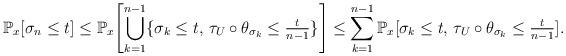
LaTeX: \begin{align*}\mathbb{P}_{x}[\sigma_{n}\leq t]\leq\mathbb{P}_{x}\Biggl[\bigcup_{k=1}^{n-1}\{\sigma_{k}\leq t,\,\tau_{U}\circ\theta_{\sigma_{k}}\leq{\textstyle\frac{t}{n-1}}\}\Biggr]\leq\sum_{k=1}^{n-1}\mathbb{P}_{x}[\sigma_{k}\leq t,\,\tau_{U}\circ\theta_{\sigma_{k}}\leq{\textstyle\frac{t}{n-1}}].\end{align*}